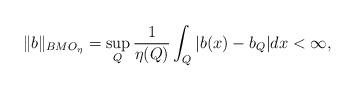
LaTeX: \begin{align*}\|b\|_{BMO_{\eta}}=\sup_{Q}\frac{1}{\eta(Q)}\int_{Q}|b(x)-b_{Q}|dx<\infty,\end{align*}